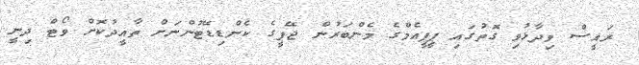
ރައީސް ވިދާޅުވި ގޮތުގައި ޕީޕީއެމްގެ މެންބަރުން ޖޭޕީގެ ކެންޑިޑޭޓުންނަށް ތާއީދުކޮށް ވޯޓް ދިނީ